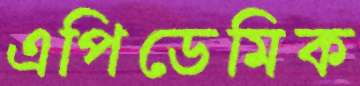
এপিডেমিক